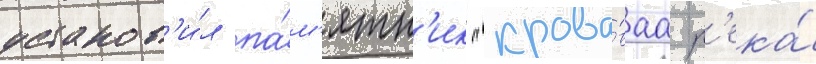
установ'и́л па́м'ятн'ик "крова́ваа р'ека́